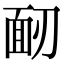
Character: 𩈄